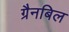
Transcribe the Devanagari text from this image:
ग्रैनबिल